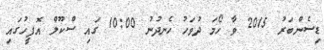
ޑިސެންބަރު 2015 ވާ ހޯމަ ދުވަހު ހެނދުނު 10:00 ގައި ސްކޫލް އޮފީހުގައި